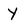
Character: Y